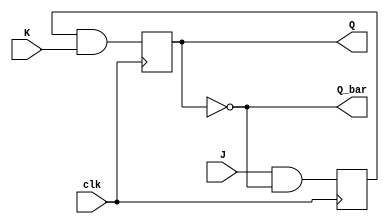
module JKFlipFlop(
    input wire J, // J input
    input wire K, // K input
    input wire clk, // Clock input
    output reg Q, // Output Q
    output reg Q_bar // Complement of Q
);

reg master_out;
reg slave_out;

always @ (posedge clk) begin
    master_out <= J & Q_bar;
end

always @ (posedge clk) begin
    slave_out <= master_out & K;
end

assign Q = slave_out;
assign Q_bar = ~slave_out;

endmodule